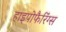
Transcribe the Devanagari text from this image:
हाइपोफैरिंग्स